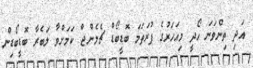
އަދި ތިންވަނަ ހޯދީ މިއަހަރުގެ ފުރަތަމަ ބޮޑީބޯޑް ޗެލެންޖް ކަމަށްވާ ލަބެރާ ބޮޑީބޯޑިން